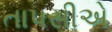
તાપસીએ